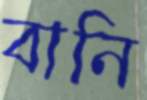
বানি